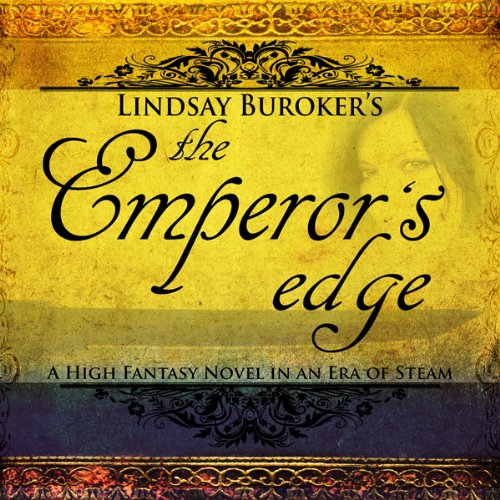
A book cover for The Emperor's Edge; Lindsay Buroker; Science Fiction & Fantasy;